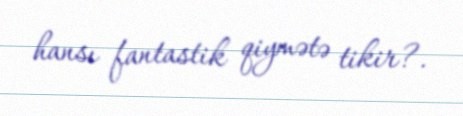
hansı fantastik qiymətə tikir?.